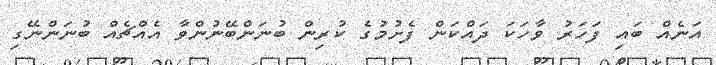
އަނެއް ބައި ފަހަރު ވާހަކަ ދައްކަން ފެށުމުގެ ކުރިން ބުނަންބޭނުންވާ އެއްޗެއް ބުނަންނޭގި